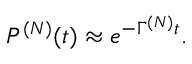
P ^ { ( N ) } ( t ) \approx e ^ { - \Gamma ^ { ( N ) } t } .